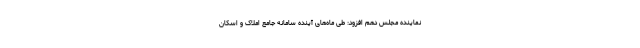
نماینده مجلس دهم افزود: طی ماه‌های آینده سامانه جامع املاک و اسکان